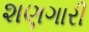
શણગારી